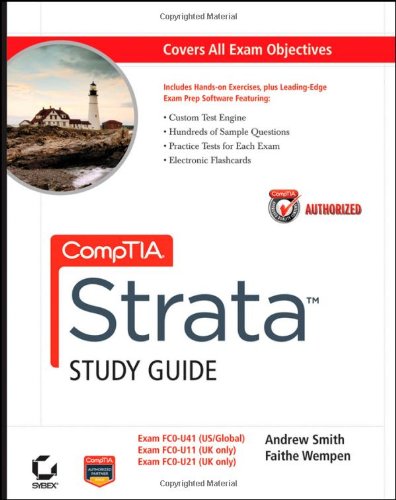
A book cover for CompTIA Strata Study Guide Authorized Courseware: Exams FC0-U41, FC0-U11, and FC0-U21; Andrew Smith; Computers & Technology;